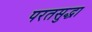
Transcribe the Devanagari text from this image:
परतसुद्धा